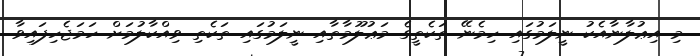
މި އިޢުލާނާއެކު ނީލަމުގައި ހިމެނޭ ތަކެތީގެ މަޢުލޫމާތާއި ނީލަމުގައި ތަކެތި ވިއްކާލުމަށް ހަމަޖެހިފައިވާ